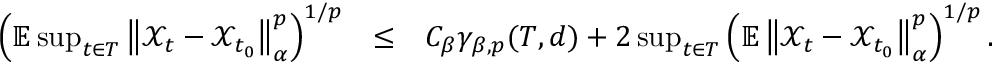
\begin{array} { r l r } { \left( \mathbb { E } \operatorname* { s u p } _ { t \in T } \left\Vert \mathcal { X } _ { t } - \mathcal { X } _ { t _ { 0 } } \right\Vert _ { \alpha } ^ { p } \right) ^ { 1 / p } } & { \leq } & { C _ { \beta } \gamma _ { \beta , p } ( T , d ) + 2 \operatorname* { s u p } _ { t \in T } \left( \mathbb { E } \left\Vert \mathcal { X } _ { t } - \mathcal { X } _ { t _ { 0 } } \right\Vert _ { \alpha } ^ { p } \right) ^ { 1 / p } . } \end{array}